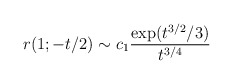
\begin{align*}r(1;-t/2) \sim c_1 {\exp(t^{3/2}/3)\over t^{3/4}}\end{align*}